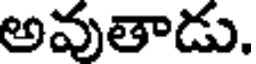
అవుతాడు.